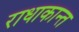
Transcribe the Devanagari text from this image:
राधाकान्‍त